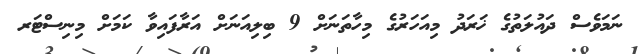
ނަމަވެސް ދައުލަތުގެ ޚަރަދު މިއަހަރުގެ މިހާތަނަށް 9 ބިލިއަނަށް އަރާފައިވާ ކަމަށް މިނިސްޓަރ